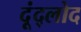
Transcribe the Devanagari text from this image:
दूंद्लोद